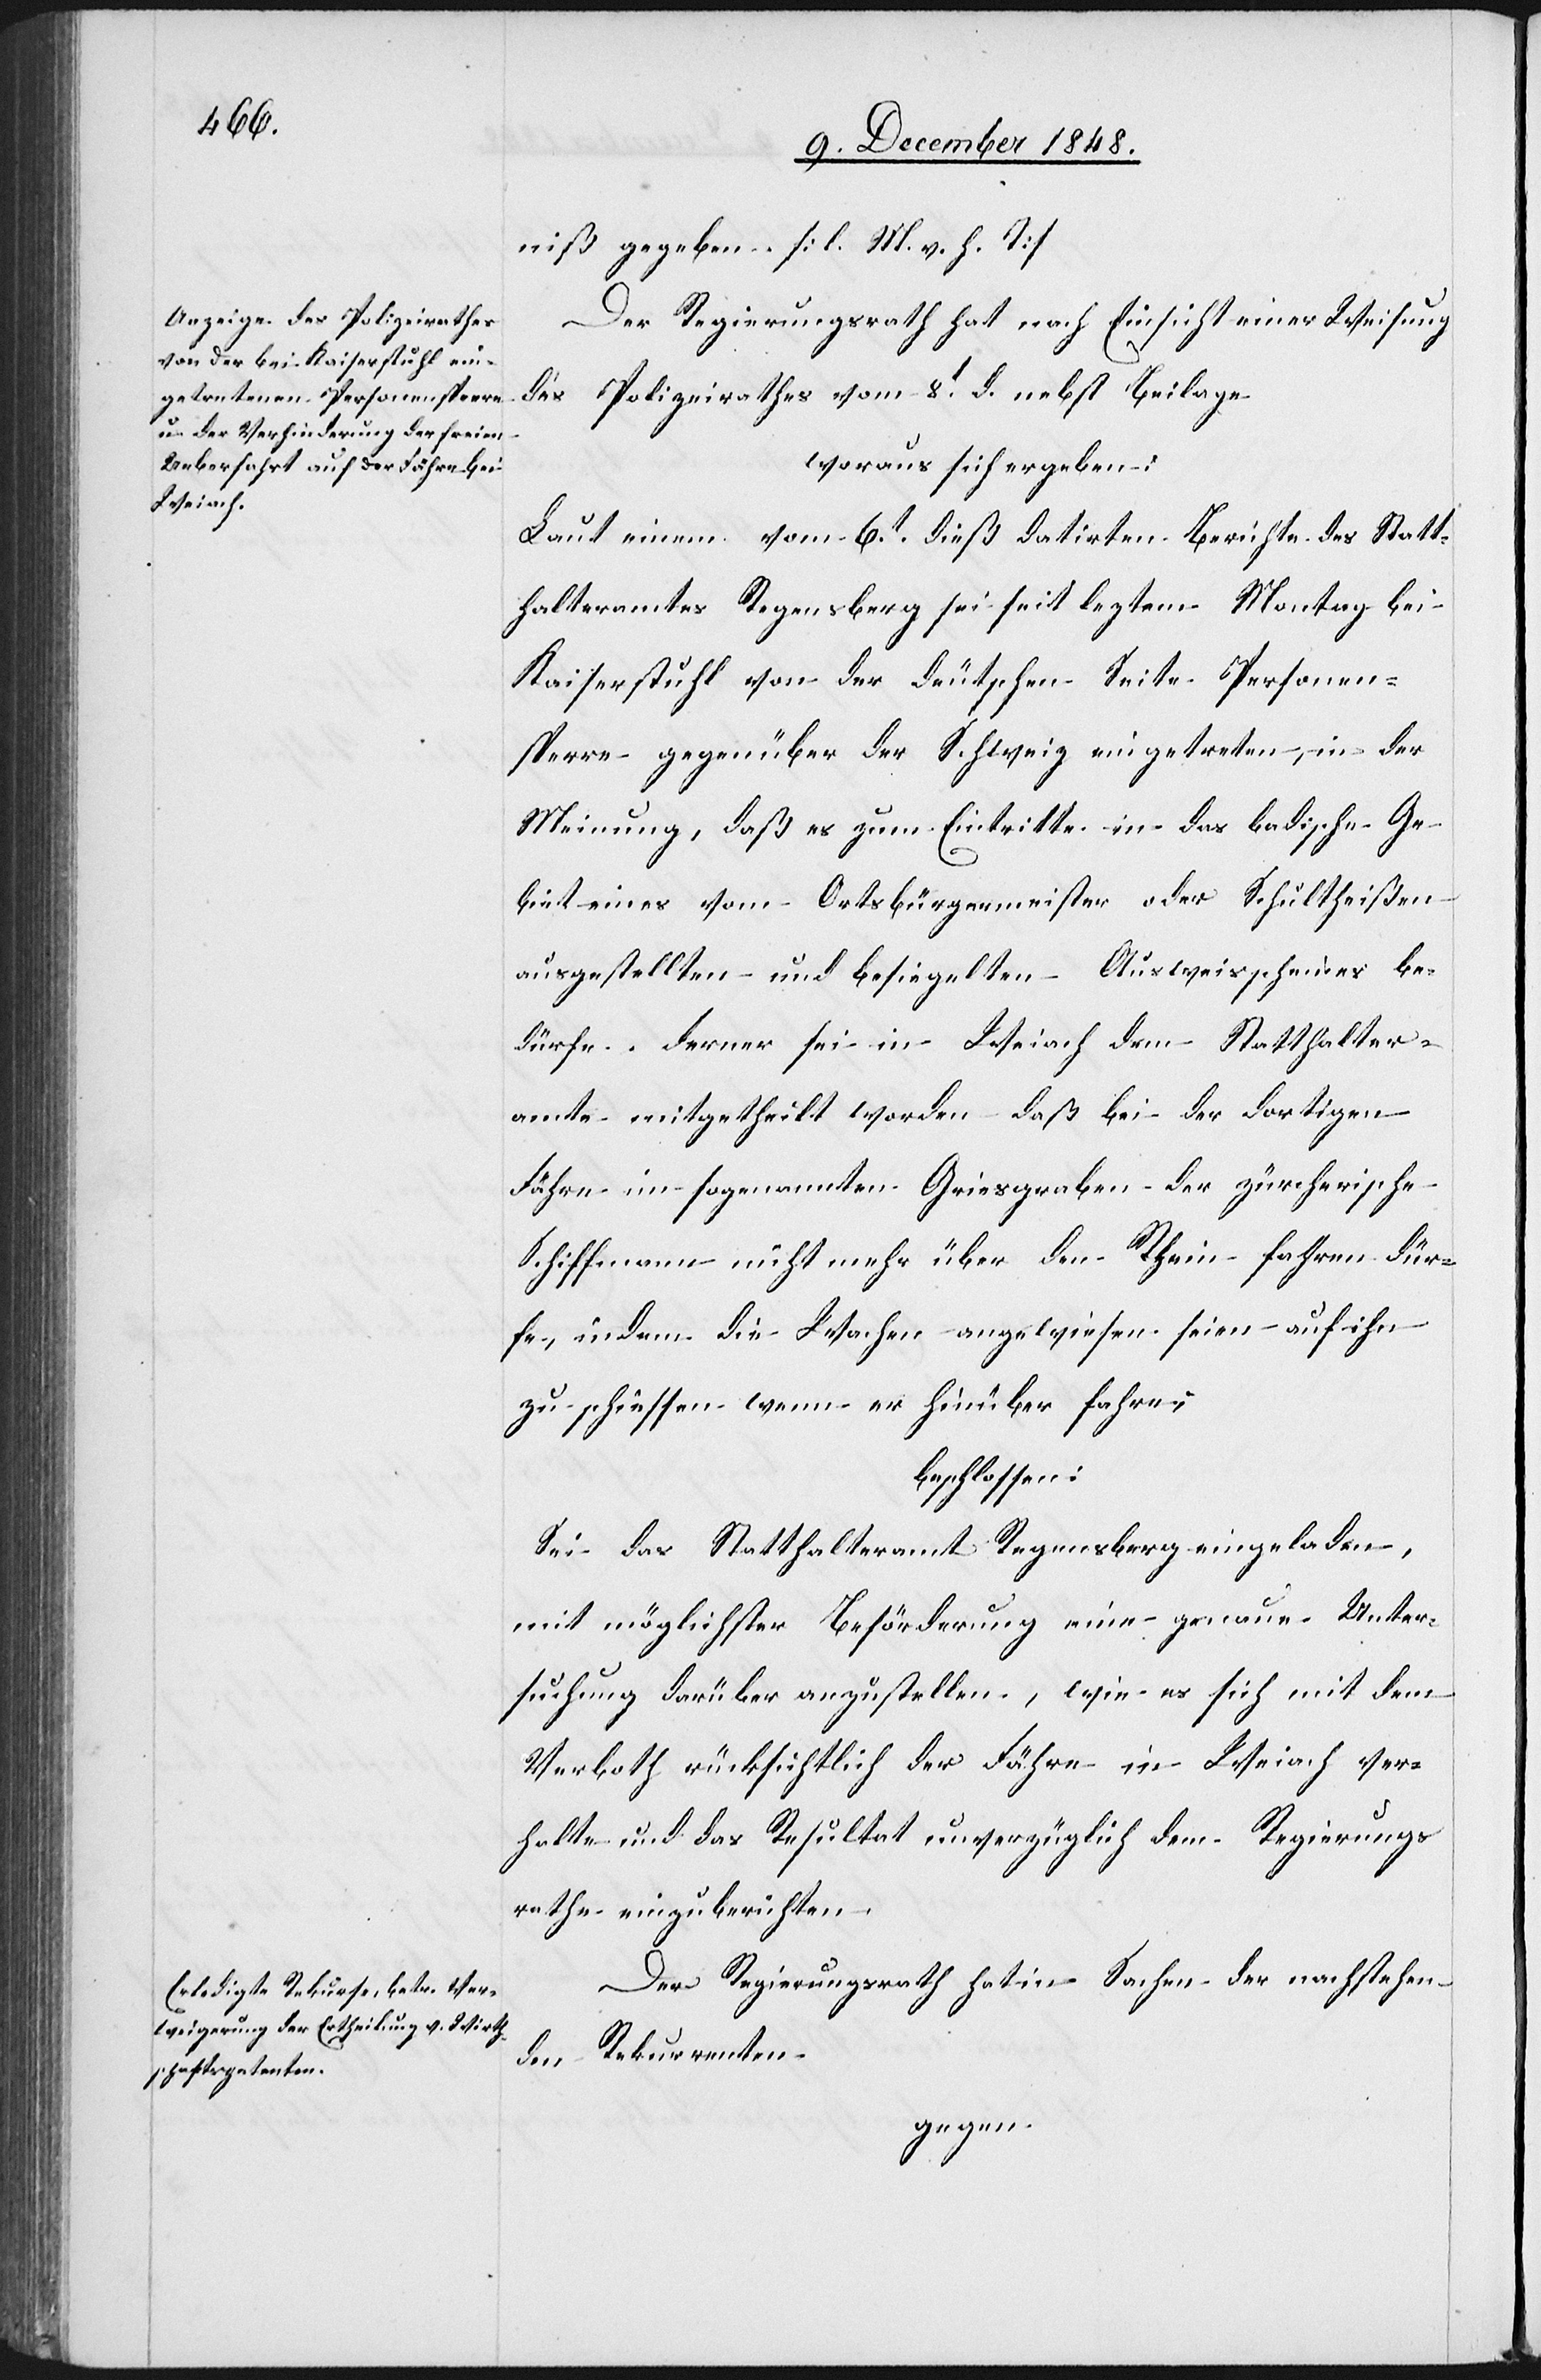
niß gegeben. [l. M. v. h. T]
Der Regierungsrath hat nach Einsicht einer Weisung
des Polizeirathes vom 8t d. nebst Beilage
woraus sich ergeben:
Laut einem vom 6t dieß datirten Berichte des Statt¬
halteramtes Regensberg sei seit leztem Montag bei
Kaiserstuhl von der deutschen Seite Personen¬
sperre gegenüber der Schweiz eingetreten, in der
Meinung, daß es zum Eintritte in das badische Ge¬
biet eines vom Ortsbürgermeister oder Schultheißen
ausgestellten und besiegelten Ausweisscheines be¬
dürfe. Ferner sei in Weiach dem Statthalter¬
amte mitgetheilt worden daß bei der dortigen
Fähre im sogenannten Griesgraben der zürcherische
Schiffmann nicht mehr über den Rhein fahren dür¬
fe, indem die Wachen angewiesen seien auf ihn
zu schiessen wenn er hinüber fahre;
beschlossen:
Sei das Statthalteramt Regensberg eingeladen,
mit möglichster Beförderung eine genaue Unter¬
suchung darüber anzustellen, wie es sich mit dem
Verboth rücksichtlich der Fähre in Weiach ver¬
halte und das Resultat unverzüglich dem Regierungs¬
rathe einzuberichten.
Der Regierungsrath hat in Sachen der nachstehen¬
den Rekurrenten
gegen